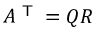
A ^ { \textsf { T } } = Q R